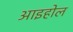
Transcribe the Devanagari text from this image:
आइहोल